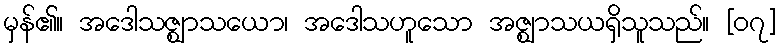
မှန်၏။ အဒေါသဇ္ဈာသယော၊ အဒေါသဟူသော အဇ္ဈာသယရှိသူသည်။ [၀၇]